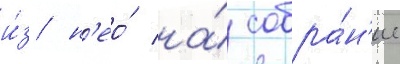
и́з н'ео́ на́ собра́н'ие